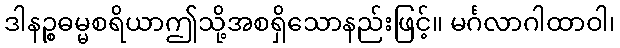
ဒါနဉ္စဓမ္မစရိယာဤသို့အစရှိသောနည်းဖြင့်။ မင်္ဂလာဂါထာဝါ၊